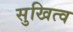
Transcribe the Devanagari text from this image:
सुखित्व